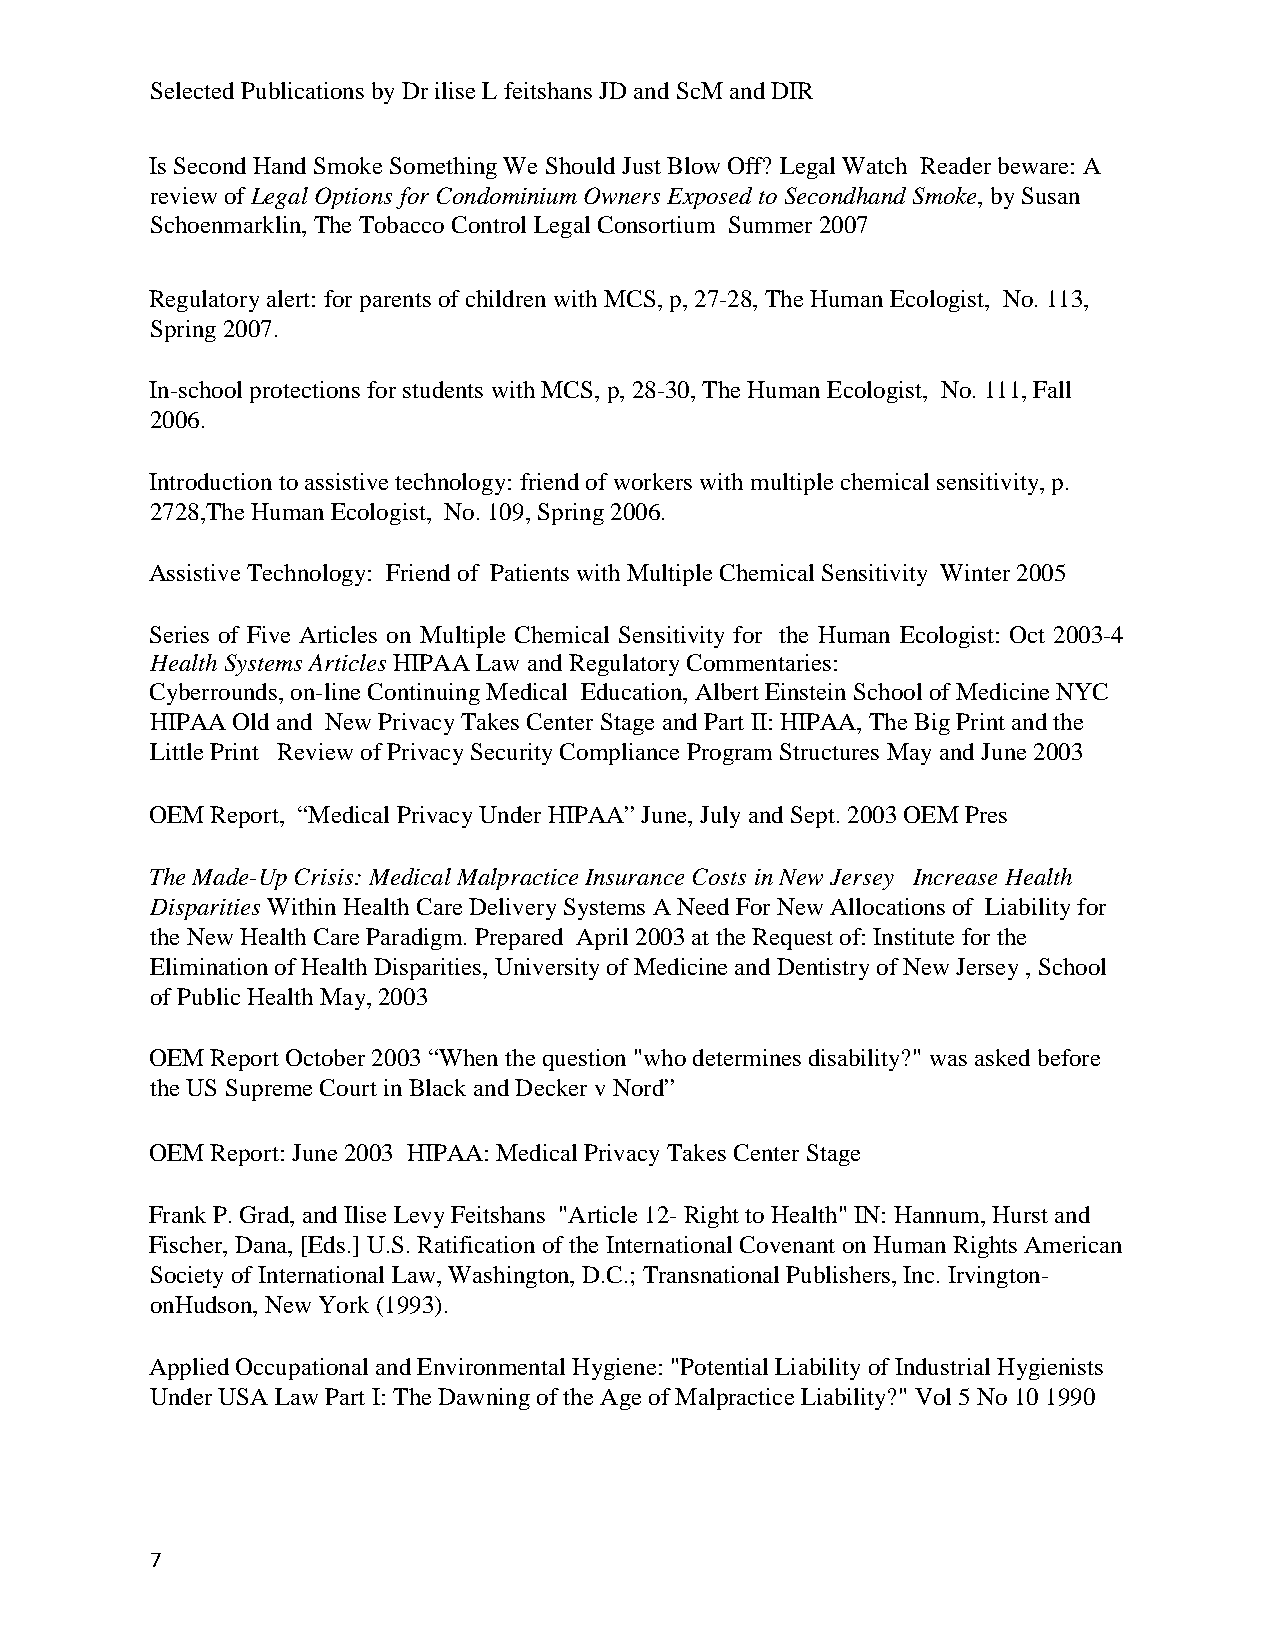
Selected Publications by Dr ilise L feitshans JD and ScM and DIR
 Is Second Hand Smoke Something We Should Just Blow Off? Legal Watch Reader beware: A
 review of Legal Options for Condominium Owners Exposed to Secondhand Smoke, by Susan
 Schoenmarklin, The Tobacco Control Legal Consortium Summer 2007
 Regulatory alert: for parents of children with MCS, p, 27-28, The Human Ecologist, No. 113,
 Spring 2007.
 In-school protections for students with MCS, p, 28-30, The Human Ecologist, No. 111, Fall
 2006.
 Introduction to assistive technology: friend of workers with multiple chemical sensitivity, p.
 2728,The Human Ecologist, No. 109, Spring 2006.
 Assistive Technology: Friend of Patients with Multiple Chemical Sensitivity Winter 2005
 Series of Five Articles on Multiple Chemical Sensitivity for the Human Ecologist: Oct 2003-4
 Health Systems Articles HIPAA Law and Regulatory Commentaries:
 Cyberrounds, on-line Continuing Medical Education, Albert Einstein School of Medicine NYC
 HIPAA Old and New Privacy Takes Center Stage and Part II: HIPAA, The Big Print and the
 Little Print Review of Privacy Security Compliance Program Structures May and June 2003
 OEM Report, “Medical Privacy Under HIPAA” June, July and Sept. 2003 OEM Pres
 The Made-Up Crisis: Medical Malpractice Insurance Costs in New Jersey Increase Health
 Disparities Within Health Care Delivery Systems A Need For New Allocations of Liability for
 the New Health Care Paradigm. Prepared April 2003 at the Request of: Institute for the
 Elimination of Health Disparities, University of Medicine and Dentistry of New Jersey , School
 of Public Health May, 2003
 OEM Report October 2003 “When the question "who determines disability?" was asked before
 the US Supreme Court in Black and Decker v Nord”
 OEM Report: June 2003 HIPAA: Medical Privacy Takes Center Stage
 Frank P. Grad, and Ilise Levy Feitshans "Article 12- Right to Health" IN: Hannum, Hurst and
 Fischer, Dana, [Eds.] U.S. Ratification of the International Covenant on Human Rights American
 Society of International Law, Washington, D.C.; Transnational Publishers, Inc. Irvington-
 onHudson, New York (1993).
 Applied Occupational and Environmental Hygiene: "Potential Liability of Industrial Hygienists
 Under USA Law Part I: The Dawning of the Age of Malpractice Liability?" Vol 5 No 10 1990
 7